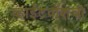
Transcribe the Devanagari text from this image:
व्हाईटवॉशची